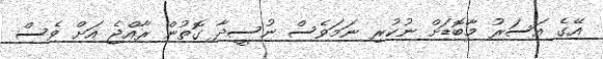
އޭގެ އަސަރު މާބޮޑަށް ނުކުރި ނަމަވެސް ނުސީދާ ގޮތުން ރާއްޖެ އަށް ވެސް